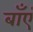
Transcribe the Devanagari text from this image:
बाँएं